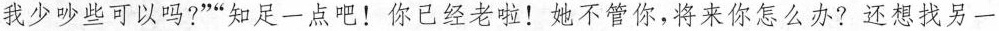
我少吵些可以吗?”“知足一点吧!你已经老啦!她不管你,将来你怎么办?还想找另一